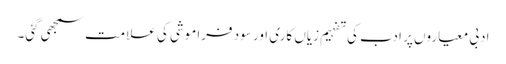
ادبی معیاروں پر ادب کی تفہیم زیاں کاری اور سود فراموشی کی علامت سمجھی گئی۔